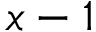
x - 1